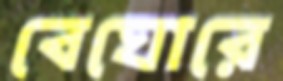
বেঘোরে